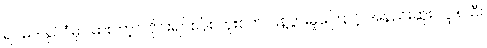
ရဝမ်ဒါနိုင်ငံမှာ မားဘာ့ဂ် ဗိုင်းရပ်စ်ပိုး ကူးစက် ပြန့်ပွားမှုကြောင့် အနည်းဆုံး လူ ၈ ဦး